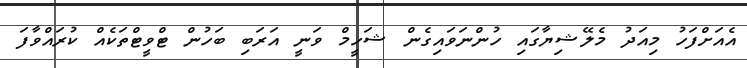
އެއަށްފަހު މިއަދު މެލޭޝިޔާގައި ހުންނަވައިގެން ޝަހީމް ވަނީ އަރަބި ބަހުން ޓްވީޓްތަކެއް ކުރައްވާފަ